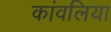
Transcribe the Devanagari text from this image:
कांवलिया